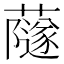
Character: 𧁂